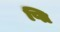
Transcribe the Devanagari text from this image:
प्ति